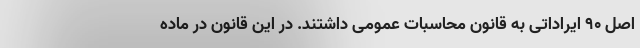
اصل ۹۰ ایراداتی به قانون محاسبات عمومی داشتند. در این قانون در ماده